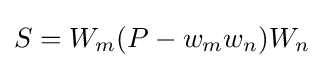
S=W_{m}(P-w_{m}w_{n})W_{n}